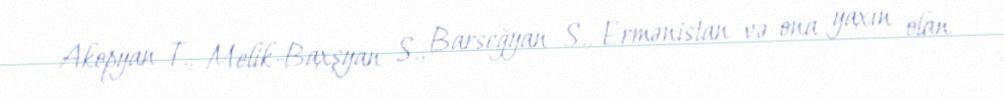
Akopyan T., Melik-Baxşyan S., Barseğyan S., Ermənistan və ona yaxın olan